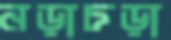
নড়াচড়া